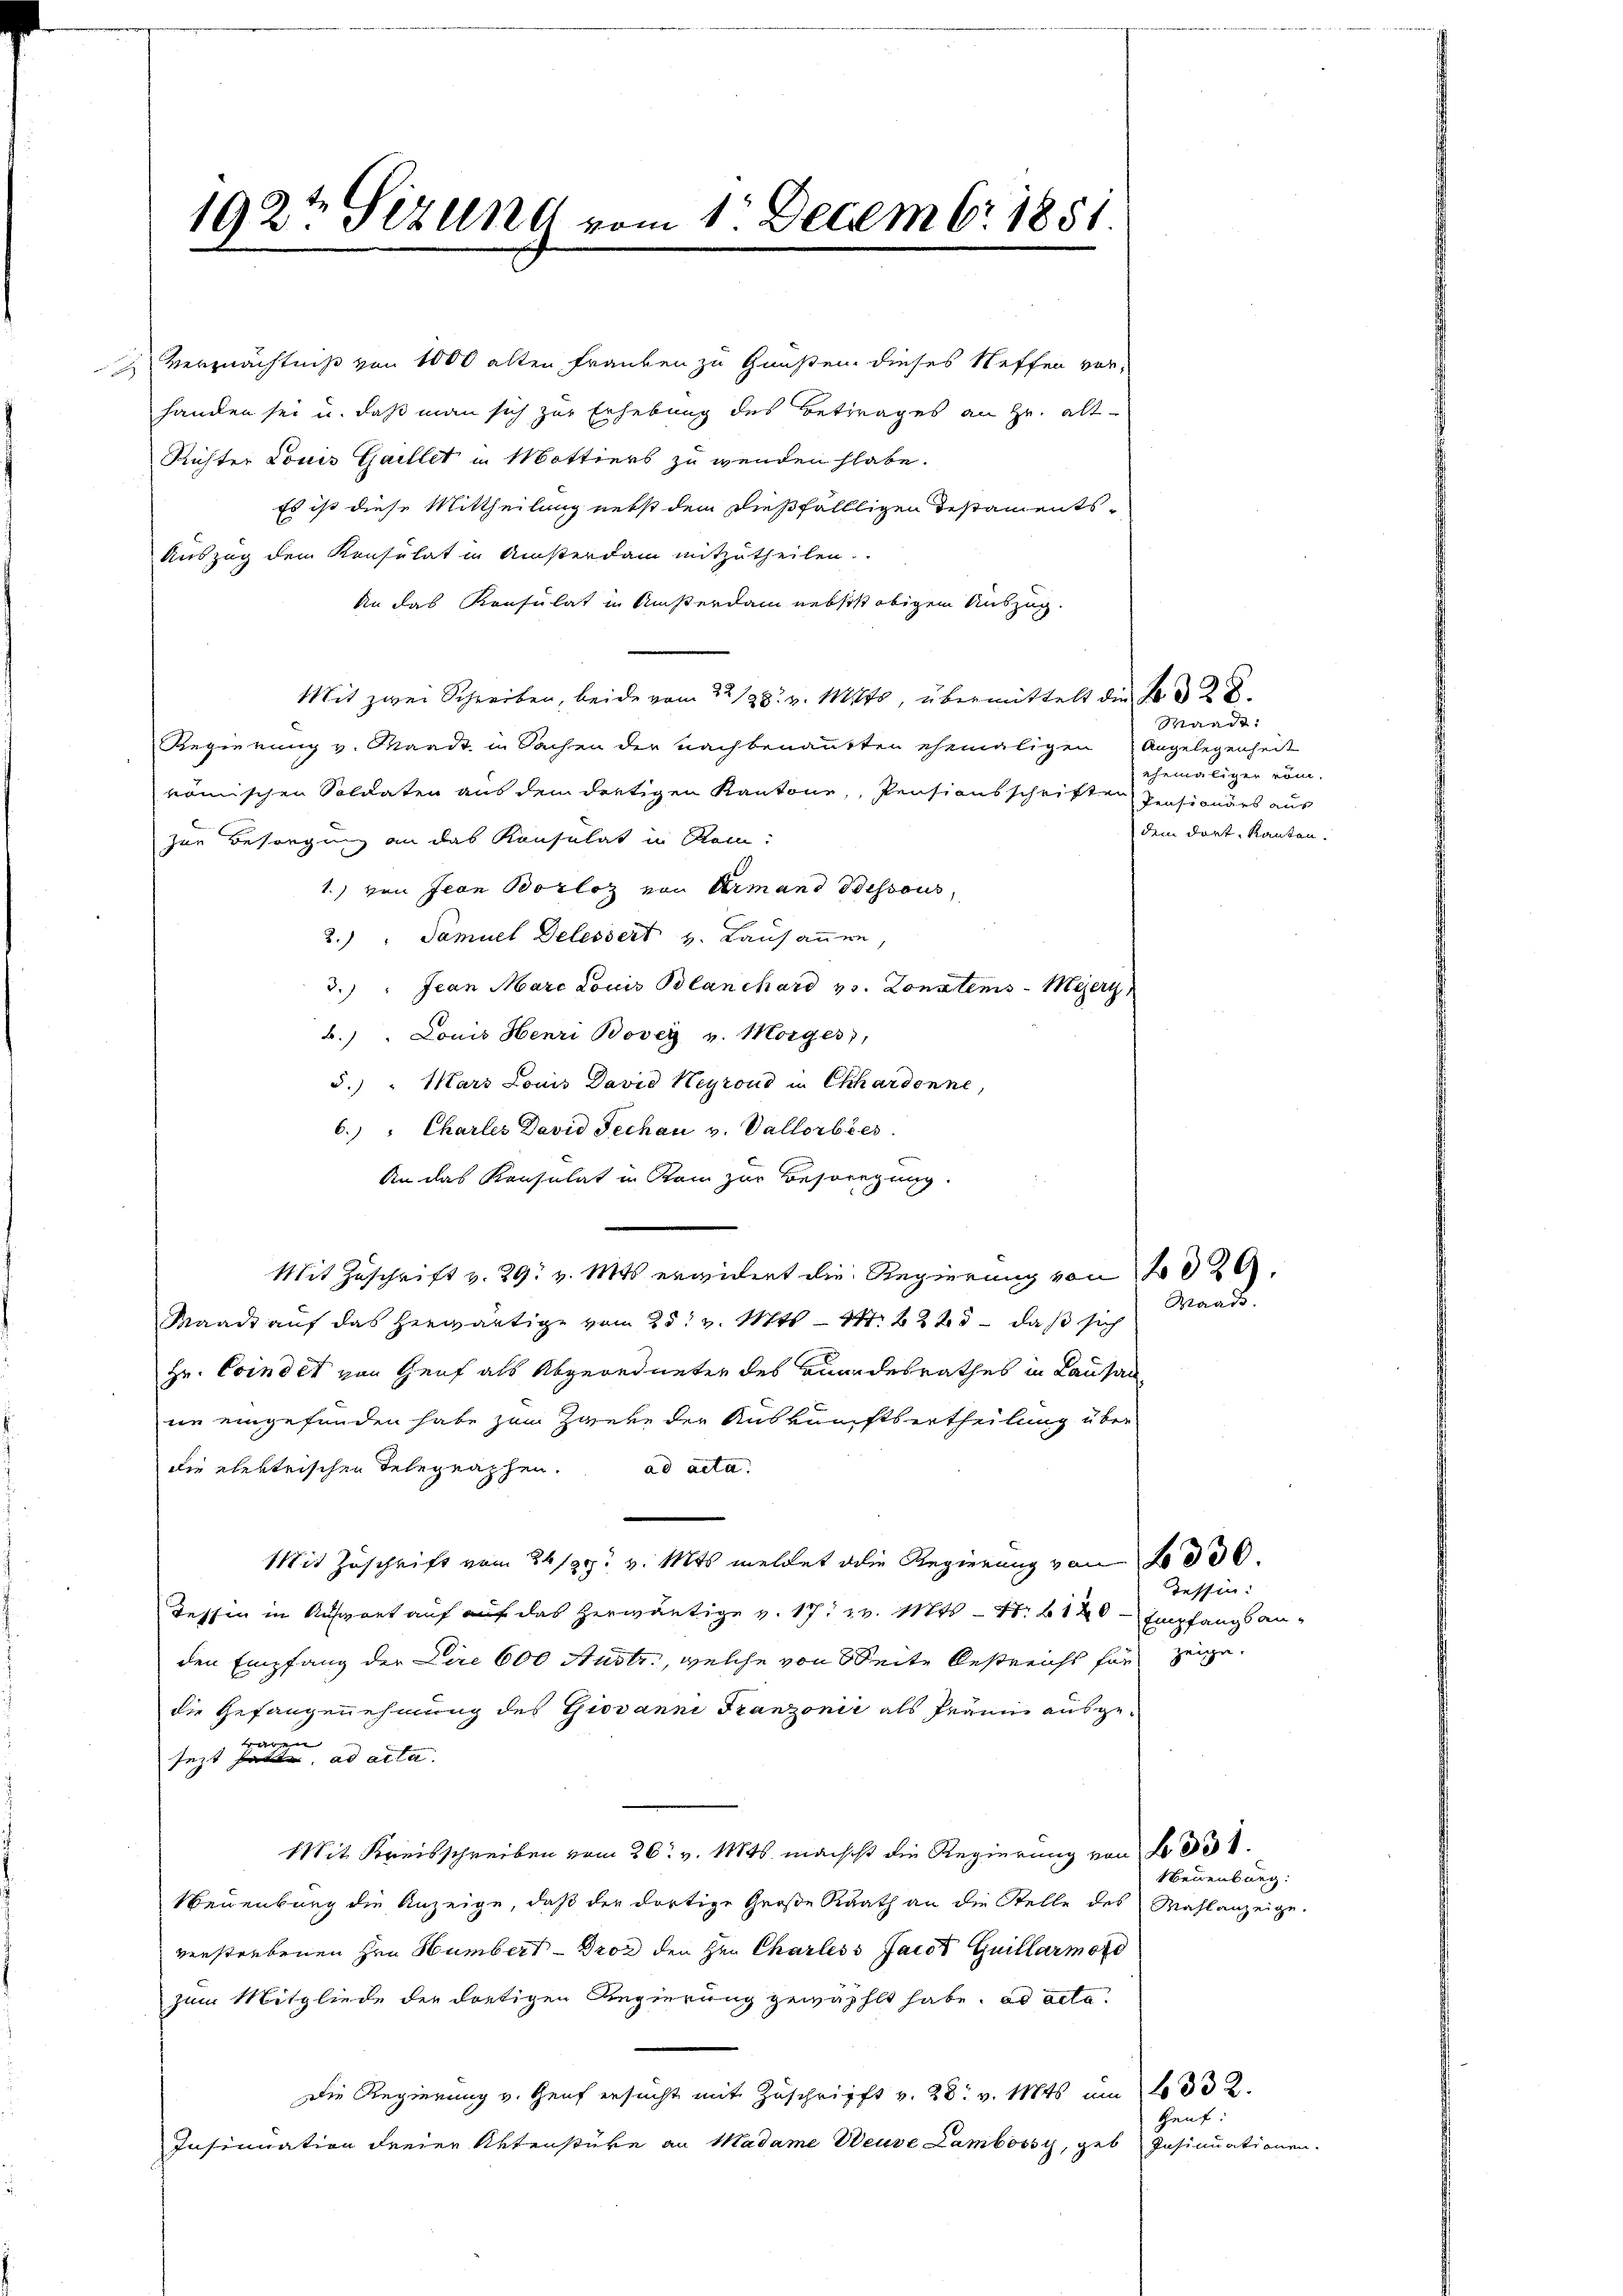
192te Sezung vom 1. Decembr. 1851.

An das Konsulat in Ansterdam nebsist obigem Auszug.
Mit zwei Schreiben, beide vom 22/28. v. Mts, übermittelt die Fr. 22.
Regierung v. Mandt in Sachen der nachbenannten ehemaligen Angelegenheit
römischen Soldaten aus dem dretigen Kantone, Pensionsschriften Pensionärs aus
zur Besorgung an das Konsulat in Rein:
1.) von Jean Borloz von Armand dessous,
2.) " Samuel Delessert v. Lausannen,
3.) Jean Marc Louis Blanchard v. Konntens Meerz
b.) " Louis Henri Bovey v. Morger),
5.) " Mars Louis David Heyrono in Ckhardonne,
6.) " Charles David Fechau v. Vallorbeer
An das Konsulat in Kann zur Besorgung.
Mit Zuschrift v. 29. v. Mts. erwidert die Regierung von 1829.
Waadt auf das herwärtige vom 25. v. Mts. – 247. 2265 – daß sich
Hr. Coindet von Genf als Abgeordneter des Bundesrathes in Lausan
ne eingefunden habe zum Zweke der Auskunftsertheilung über
die elektrischen Telegraphen. ad acta.
Mit Zuschrift vom 26/29. v. Mts. meldet die Regierung von 2000.
Tessin in Aufgart auf auf das herwärtige v. 17. v. Mts. - 4. 120 - Empfangsan-
den Empfang der Dire 600 Austr., welche von Seite bestreicht für zeige.
die Gefangenehmung des Giovanni Franzonić als Prämie ausgewaren
sezt hat, ad acta
Mit Kreisschreiben vom 26. v. 1846. machest die Regierung von No 331.
Neuenburg die Anzeige, daß der dortige Große Rath an die Stelle des Wahlanzeige
verstrebenen Hrn. Humbert - Brod den Hrn Charless Jacot Guillarmord
zum Mitgliede der dortigen Regierung gewählt habe. ad acta.
Die Regierung v. Genf ersucht mit Zuschrifft v. 28. v. Mts. um 1032.
Insinuation dreier Aktenstüke an Madame Weuve Lambossi, geb. Insinuationen.

Vermächtniß von 1000 alten Franken zu Hausen dieses Neffen vorhanden sei u. daß man sich zur Erhebung des Betrages an Hr. alt-
Richter Louis Gaillet in Mottiers zu wenden habe.
Es ist diese Mittheilung nebst dem dießfällligen Destaments-
Auszug dem Konsulat in Ansterdam mitzutheilen.

Mande:
ehemaliger rom.
dem dort. Kanton.

Maads.

Tessin:

Neuenburg:

Zeut: